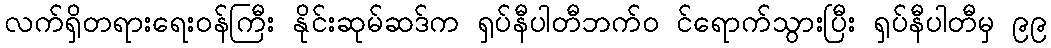
လက်ရှိတရားရေးဝန်ကြီး နိုင်းဆုမ်ဆဒ်က ရှပ်နီပါတီဘက်ဝ င်ရောက်သွားပြီး ရှပ်နီပါတီမှ ၉၉